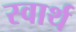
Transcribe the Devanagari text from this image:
स्‍वार्थ